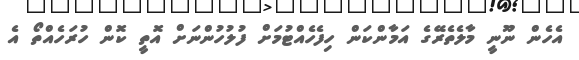
އެހެން ނޫނީ މާލެތެރޭގެ އަމާންކަން ހިފެހެއްޓުމަށް ފުލުހުންނަށް އޮތީ ކޮން ހުރަހެއްތޯ އެ